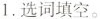
1.选词填空。